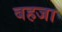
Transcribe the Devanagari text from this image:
बहजा